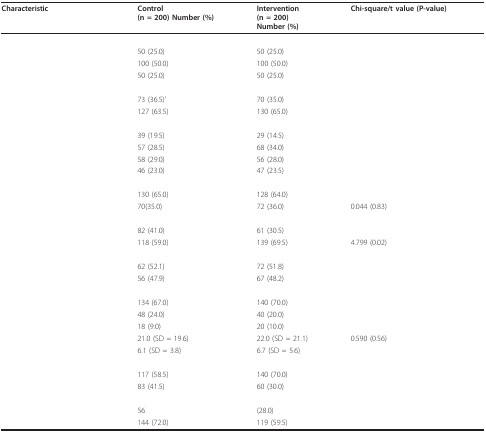
<table><thead><tr><td><b>Characteristic</b></td><td><b>Control(n = 200) Number (%)</b></td><td><b>Intervention(n = 200)Number (%)</b></td><td><b>Chi-square/t value (P-value)</b></td></tr></thead><tbody><tr><td colspan="4">[EMPTY_CELL]</td></tr><tr><td>[EMPTY_CELL]</td><td>50 (25.0)</td><td>50 (25.0)</td><td>[EMPTY_CELL]</td></tr><tr><td>[EMPTY_CELL]</td><td>100 (50.0)</td><td>100 (50.0)</td><td>[EMPTY_CELL]</td></tr><tr><td>[EMPTY_CELL]</td><td>50 (25.0)</td><td>50 (25.0)</td><td>[EMPTY_CELL]</td></tr><tr><td colspan="4">[EMPTY_CELL]</td></tr><tr><td>[EMPTY_CELL]</td><td>73 (36.5)'</td><td>70 (35.0)</td><td>[EMPTY_CELL]</td></tr><tr><td>[EMPTY_CELL]</td><td>127 (63.5)</td><td>130 (65.0)</td><td>[EMPTY_CELL]</td></tr><tr><td colspan="4">[EMPTY_CELL]</td></tr><tr><td>[EMPTY_CELL]</td><td>39 (19.5)</td><td>29 (14.5)</td><td>[EMPTY_CELL]</td></tr><tr><td>[EMPTY_CELL]</td><td>57 (28.5)</td><td>68 (34.0)</td><td>[EMPTY_CELL]</td></tr><tr><td>[EMPTY_CELL]</td><td>58 (29.0)</td><td>56 (28.0)</td><td>[EMPTY_CELL]</td></tr><tr><td>[EMPTY_CELL]</td><td>46 (23.0)</td><td>47 (23.5)</td><td>[EMPTY_CELL]</td></tr><tr><td colspan="4">[EMPTY_CELL]</td></tr><tr><td>[EMPTY_CELL]</td><td>130 (65.0)</td><td>128 (64.0)</td><td>[EMPTY_CELL]</td></tr><tr><td>[EMPTY_CELL]</td><td>70(35.0)</td><td>72 (36.0)</td><td>0.044 (0.83)</td></tr><tr><td colspan="4">[EMPTY_CELL]</td></tr><tr><td>[EMPTY_CELL]</td><td>82 (41.0)</td><td>61 (30.5)</td><td>[EMPTY_CELL]</td></tr><tr><td>[EMPTY_CELL]</td><td>118 (59.0)</td><td>139 (69.5)</td><td>4.799 (0.02)</td></tr><tr><td colspan="4">[EMPTY_CELL]</td></tr><tr><td>[EMPTY_CELL]</td><td>62 (52.1)</td><td>72 (51.8)</td><td>[EMPTY_CELL]</td></tr><tr><td>[EMPTY_CELL]</td><td>56 (47.9)</td><td>67 (48.2)</td><td>[EMPTY_CELL]</td></tr><tr><td colspan="4">[EMPTY_CELL]</td></tr><tr><td>[EMPTY_CELL]</td><td>134 (67.0)</td><td>140 (70.0)</td><td>[EMPTY_CELL]</td></tr><tr><td>[EMPTY_CELL]</td><td>48 (24.0)</td><td>40 (20.0)</td><td>[EMPTY_CELL]</td></tr><tr><td>[EMPTY_CELL]</td><td>18 (9.0)</td><td>20 (10.0)</td><td>[EMPTY_CELL]</td></tr><tr><td>[EMPTY_CELL]</td><td>21.0 (SD = 19.6)</td><td>22.0 (SD = 21.1)</td><td>0.590 (0.56)</td></tr><tr><td>[EMPTY_CELL]</td><td>6.1 (SD = 3.8)</td><td>6.7 (SD = 5.6)</td><td>[EMPTY_CELL]</td></tr><tr><td colspan="4">[EMPTY_CELL]</td></tr><tr><td>[EMPTY_CELL]</td><td>117 (58.5)</td><td>140 (70.0)</td><td>[EMPTY_CELL]</td></tr><tr><td>[EMPTY_CELL]</td><td>83 (41.5)</td><td>60 (30.0)</td><td>[EMPTY_CELL]</td></tr><tr><td colspan="4">[EMPTY_CELL]</td></tr><tr><td>[EMPTY_CELL]</td><td>56</td><td>(28.0)</td><td>[EMPTY_CELL]</td></tr><tr><td>[EMPTY_CELL]</td><td>144 (72.0)</td><td>119 (59.5)</td><td>[EMPTY_CELL]</td></tr></tbody></table>